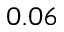
0 . 0 6